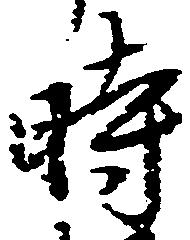
時